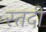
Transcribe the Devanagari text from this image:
स्तदी